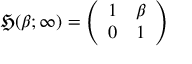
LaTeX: { \mathfrak { H } } ( \beta ; \infty ) = { \left( \begin{array} { l l } { 1 } & { \beta } \\ { 0 } & { 1 } \end{array} \right) }